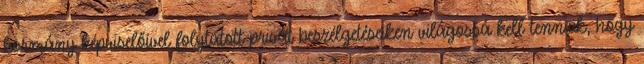
kormány képviselőivel folytatott privát beszélgetéseiken világossá kell tenniük, hogy